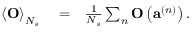
\begin{array} { r l r } { \left\langle \mathbf { O } \right\rangle _ { N _ { s } } } & { { } = } & { \frac { 1 } { N _ { s } } \sum _ { n } \mathbf { O } \left( \mathbf { a } ^ { \left( n \right) } \right) . } \end{array}